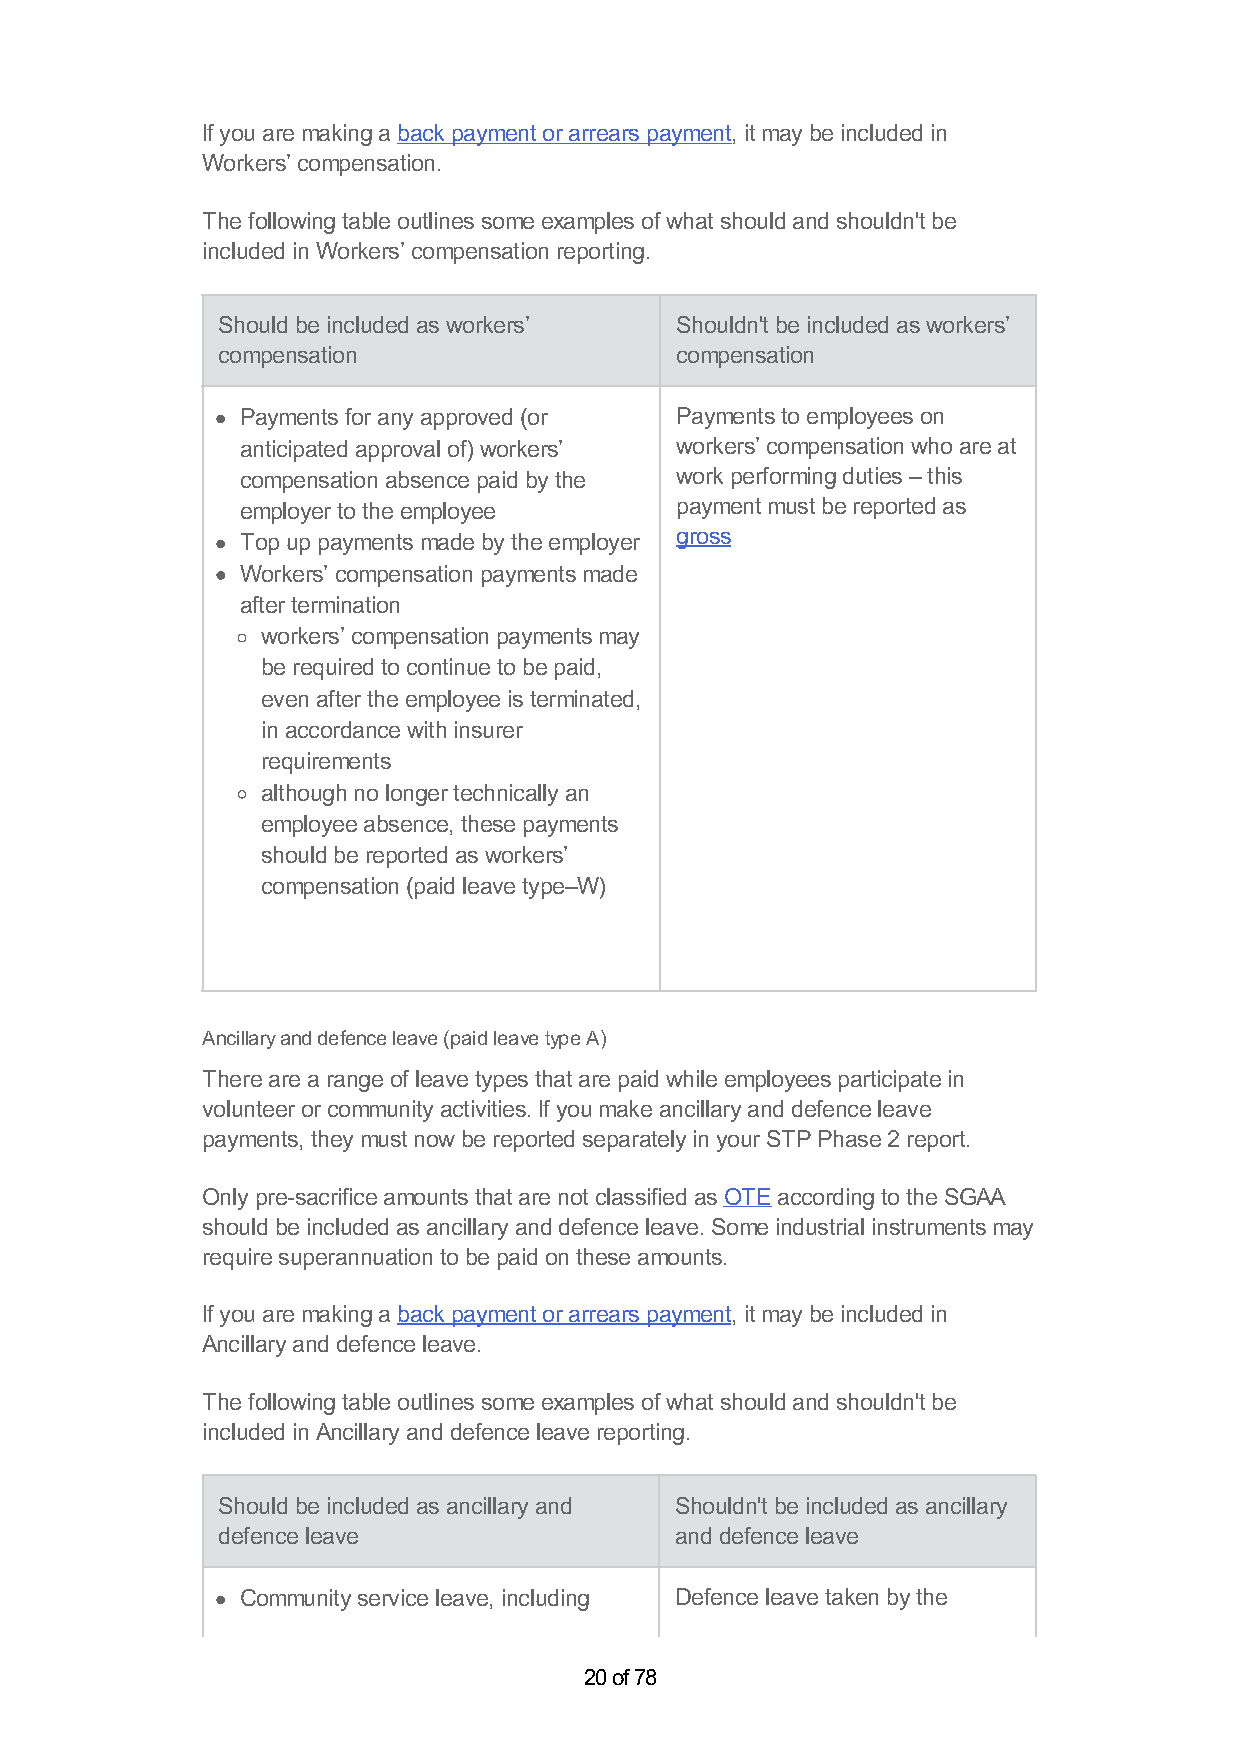
If you are making a back payment or arrears payment, it may be included in
 Workers’ compensation.
 The following table outlines some examples of what should and shouldn't be
 included in Workers’ compensation reporting.
 Should be included as workers’ Shouldn't be included as workers’
 compensation                   compensation
 Payments for any approved (or Payments to employees on
 anticipated approval of) workers’ workers’ compensation who are at
 compensation absence paid by the work performing duties – this
 employer to the employee     payment must be reported as
 gross
 Top up payments made by the employer
 Workers’ compensation payments made
 after termination
 workers’ compensation payments may
 be required to continue to be paid,
 even after the employee is terminated,
 in accordance with insurer
 requirements
 although no longer technically an
 employee absence, these payments
 should be reported as workers’
 compensation (paid leave type–W)
 Ancillary and defence leave (paid leave type A)
 There are a range of leave types that are paid while employees participate in
 volunteer or community activities. If you make ancillary and defence leave
 payments, they must now be reported separately in your STP Phase 2 report.
 Only pre-sacrifice amounts that are not classified as OTE according to the SGAA
 should be included as ancillary and defence leave. Some industrial instruments may
 require superannuation to be paid on these amounts.
 If you are making a back payment or arrears payment, it may be included in
 Ancillary and defence leave.
 The following table outlines some examples of what should and shouldn't be
 included in Ancillary and defence leave reporting.
 Should be included as ancillary and Shouldn't be included as ancillary
 defence leave                  and defence leave
 Community service leave, including Defence leave taken by the
 20 of 78